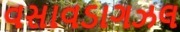
વસાવડાગઝલ